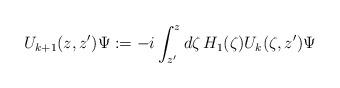
LaTeX: \begin{align*}U_{k+1} (z,z') \Psi := -i \int _{z'} ^z d\zeta \, H_1(\zeta ) U_k (\zeta , z' ) \Psi \end{align*}